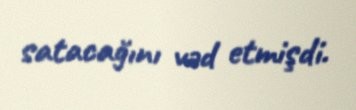
satacağını vəd etmişdi.